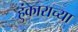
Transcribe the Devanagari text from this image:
हुंकाराच्या